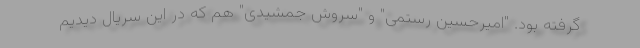
گرفته بود. "امیرحسین رستمی" و "سروش جمشیدی" هم که در این سریال دیدیم